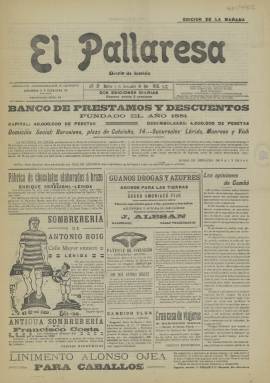
Título: El Pallaresa (Ed. de la mañana)
Colección: Periódicos
Ámbito geográfico: Lérida
Lugar de publicación: Lérida
Fechas: 01/11/1910-01/11/1910